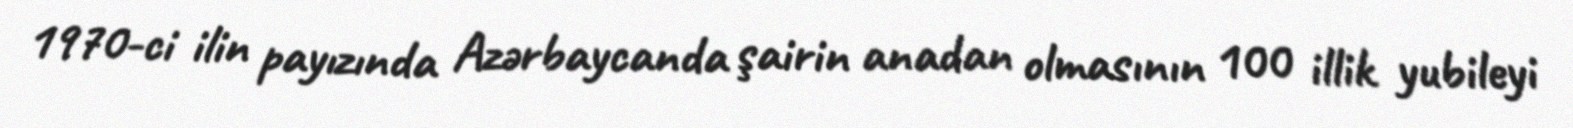
1970-ci ilin payızında Azərbaycanda şairin anadan olmasının 100 illik yubileyi